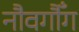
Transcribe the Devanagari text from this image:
नौवगौँग